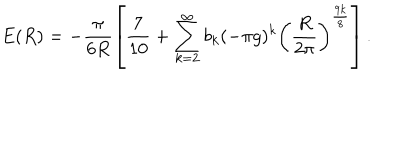
E ( R ) = - \frac { \pi } { 6 R } \left[ { \frac { 7 } { 1 0 } } + \sum _ { k = 2 } ^ { \infty } b _ { k } ( - \pi g ) ^ { k } \left( \frac { R } { 2 \pi } \right) ^ { \frac { 9 k } { 8 } } \right] .